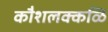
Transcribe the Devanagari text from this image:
कौशलक्कळि